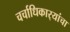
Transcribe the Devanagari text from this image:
चर्चाधिकार्‍यांचा